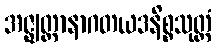
အဇ္ဈတ္တာနာဂတယဒနိစ္စသုတ္တံ